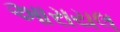
આરાયલ